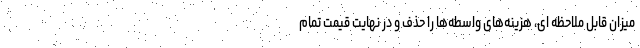
میزان قابل ملاحظه ای، هزینه‌های واسطه‌ها را حذف و در نهایت قیمت تمام